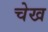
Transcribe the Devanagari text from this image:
चेख